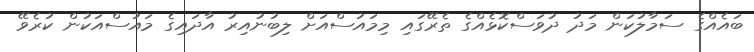
ބައެއްގެ ސަމާލުކަން މަދު ދުވަސްކޮޅެއްގެ ތެރޭގައި މިމައުސްއަށް ލިބުނުއިރު އާދައިގެ މައުސްއަކުން ކުރެވޭ